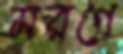
মরণে